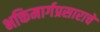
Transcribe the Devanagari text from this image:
भक्तिमार्गप्रसाराचे